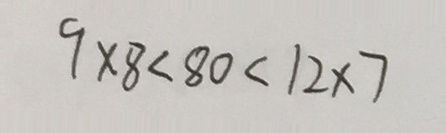
9 \times 8 < 8 0 < 1 2 \times 7